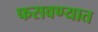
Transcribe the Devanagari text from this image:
फसवण्यात